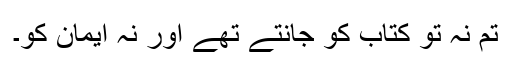
تم نہ تو کتاب کو جانتے تھے اور نہ ایمان کو۔